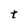
Character: t